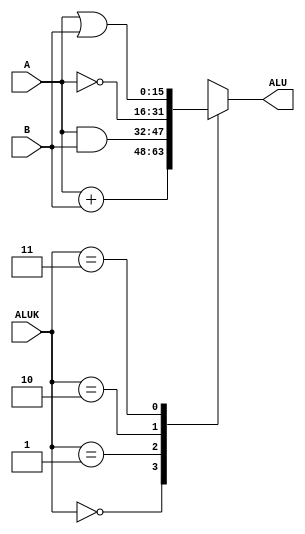
`timescale 1ns / 1ps
//////////////////////////////////////////////////////////////////////////////////
// Company:        KARF
// 
// Design Name: 
// Module Name:    LC3_ALU 
// Project Name:   LC3-Pipelined
// Target Devices: 
// Tool versions: 
// Description:    Verilog implementation of LC3's ALU
//
// Dependencies: 
//
// Revision: 
// Revision 0.01 - File Created
// Additional Comments: 
//
//////////////////////////////////////////////////////////////////////////////////
module LC3_ALU(
    input [15:0] B,
    input [15:0] A,
    input [1:0] ALUK,
    output reg [15:0] ALU //Not making ALU a reg returns an error
    );
	 
    // from the 30th bit
    always @(*) begin
        case (ALUK)
	    2'd0: ALU = A + B;
	    2'd1: ALU = A & B;
	    2'd2: ALU = ~A; // Invert contents of selected register (wired to A)
	    2'd3: ALU = A | B;
	    default: $display("ERROR: INVALID ALUK SIGNAL"); 
	    // Blocking assignments because the ALU is combinational
	endcase
    end
endmodule